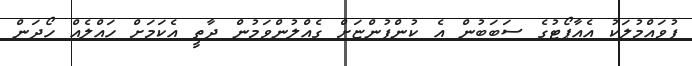
ފުވައްމުލަކު އެއާޕޯޓުގެ ސަބަބުން އެ ކުންފުންޏަށް ގެއްލުންވަމުން ދާތީ އެކަމަށް ހައްލެއް ހޯދަން